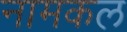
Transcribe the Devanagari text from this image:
नामकल